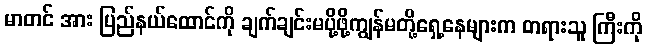
မာတင် အား ပြည်နယ်ထောင်ကို ချက်ချင်းမပို့ဖို့ကျွန်မတို့ရှေ့နေများက တရားသူ ကြီးကို